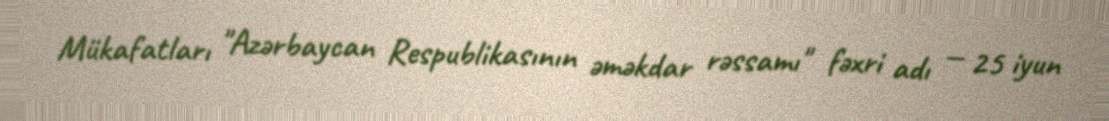
Mükafatları "Azərbaycan Respublikasının əməkdar rəssamı" fəxri adı — 25 iyun